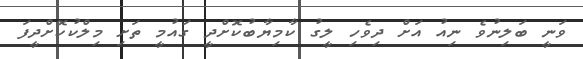
ވަނީ ބަލިނުވެ ނިއު އަށް ދިވެހި ލީގު ކާމިޔާބުކޮށްދީ ގައުމީ ތަށި މިލްކުކޮށްދީފަ